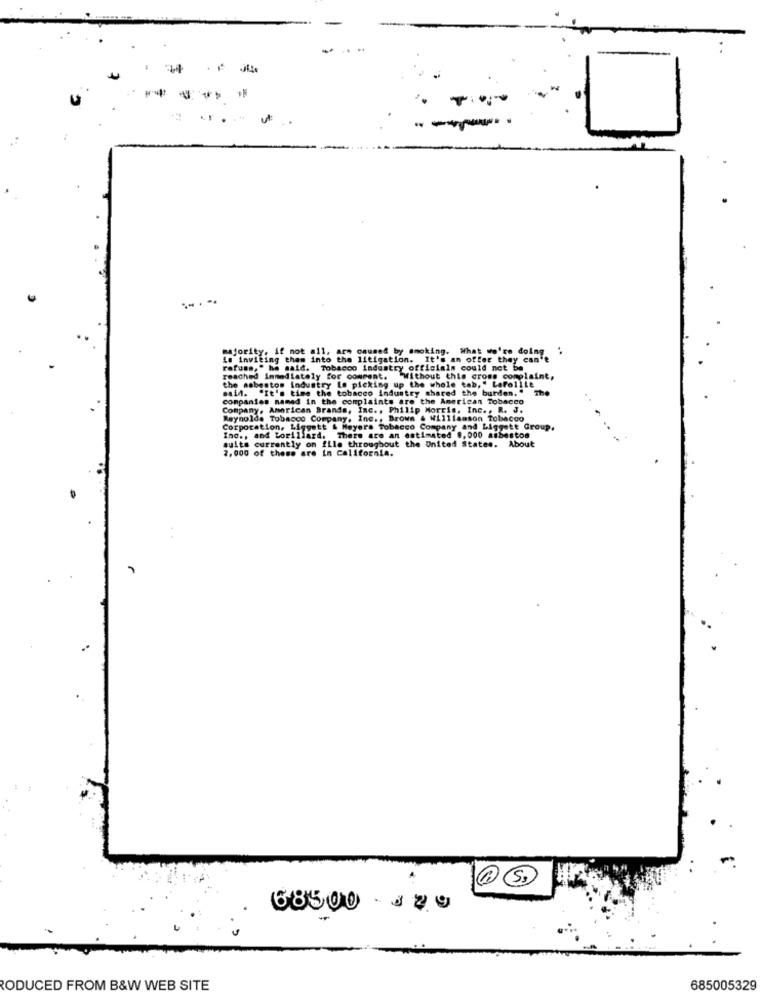
- -
-
majority, if not all, are caused by smoking. What we're doing
..
im inviting them into the litigation. It's an offer they can't
rafuss," he said. Tobacco industry officialn could not be
reached immediately for comment. Without this cross complaint,
said. "It's time the tobacco industry shared the burden. "
the asbestos industry le picking up the whole tab," Lafollie
The
companies named in the complaints are the American Tobacco
..
Company, American Brands, Inc ., Philip Morris, Inc ., R. J.
Reynolds Tobacco Company, Inc ., Brown & Williamson Tobacco
Corporation, Liggett & Meyers Tobacco Company and Liggett Group,
Ino ., and Lorillard. There are an estimated 8,000 asbestos
suits currently on file throughout the United States. About
2,000 of these are in california.
68500 - J29
-
RODUCED FROM B&W WEB SITE
685005329